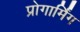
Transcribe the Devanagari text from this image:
प्रोगार्मिंग